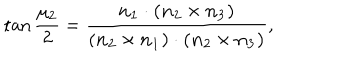
\tan { \frac { \mu _ { 2 } } 2 } = \frac { \bf { n } _ { 1 } \cdot ( \bf { n } _ { 2 } \times \bf { n } _ { 3 } ) } { ( \bf { n } _ { 2 } \times \bf { n } _ { 1 } ) \cdot ( \bf { n } _ { 2 } \times \bf { n } _ { 3 } ) } ,